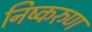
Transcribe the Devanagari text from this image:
निष्करुण